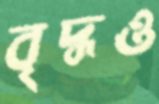
বৃদ্ধও